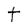
Character: t